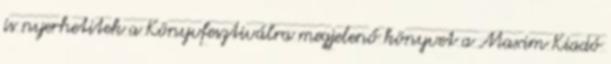
is nyerhetitek a Könyvfesztiválra megjelenő könyvet a Maxim Kiadó